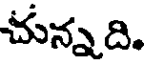
చున్నది.